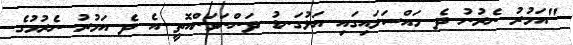
"އަމުރު ނެރުނު ދެ މައްސަލައިގައި އަޅުގަނޑު ދަންނަވަންއޮތީ އެ ދެ އަމުރު ނެރުމުގެ